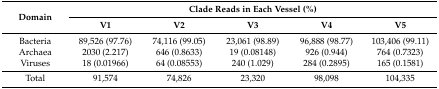
| <ROWSPAN=2> Domain | <COLSPAN=5> Clade Reads in Each Vessel (%) |
 | V1 | V2 | V3 | V4 | V5 |
 | --- | --- | --- | --- | --- | --- |
 | Bacteria | 89,526 (97.76) | 74,116 (99.05) | 23,061 (98.89) | 96,888 (98.77) | 103,406 (99.11) |
 | Archaea | 2030 (2.217) | 646 (0.8633) | 19 (0.08148) | 926 (0.944) | 764 (0.7323) |
 | Viruses | 18 (0.01966) | 64 (0.08553) | 240 (1.029) | 284 (0.2895) | 165 (0.1581) |
 | Total | 91,574 | 74,826 | 23,320 | 98,098 | 104,335 |